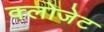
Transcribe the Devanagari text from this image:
क्लोजेट